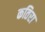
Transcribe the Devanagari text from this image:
कतिरा